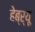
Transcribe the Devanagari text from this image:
हेब्र्यू